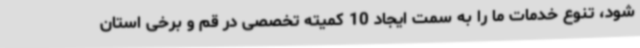
شود، تنوع خدمات ما را به سمت ایجاد 10 کمیته تخصصی در قم و برخی استان